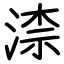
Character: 渿